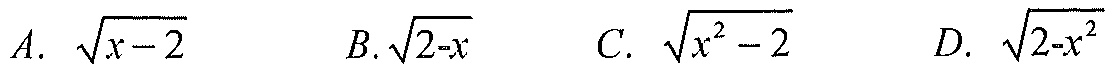
A. \(\sqrt{x - 2}\)  B. \(\sqrt{2 - x}\)  C. \(\sqrt{x^{2}-2}\)  D. \(\sqrt{2 - x^{2}}\)